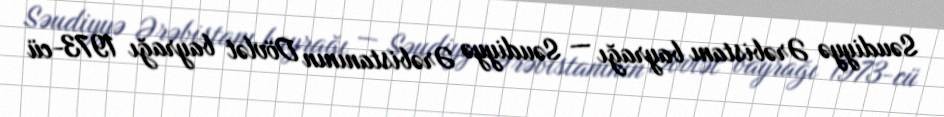
Səudiyyə Ərəbistanı bayrağı — Səudiyyə Ərəbistanının Dövlət bayrağı 1973-cü